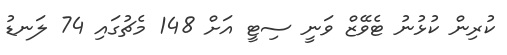
ކުރިން ކުޅުނު ޓެވޭޒް ވަނީ ސިޓީ އަށް 148 މެޗުގައި 74 ލަނޑު